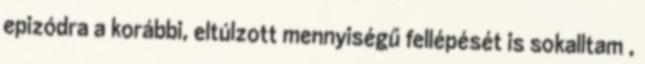
epizódra a korábbi, eltúlzott mennyiségű fellépését is sokalltam ,